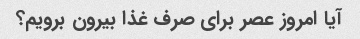
آیا امروز عصر برای صرف غذا بیرون برویم؟